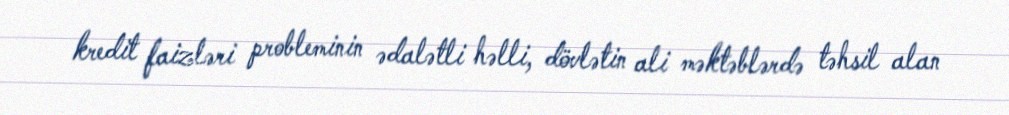
kredit faizləri probleminin ədalətli həlli, dövlətin ali məktəblərdə təhsil alan